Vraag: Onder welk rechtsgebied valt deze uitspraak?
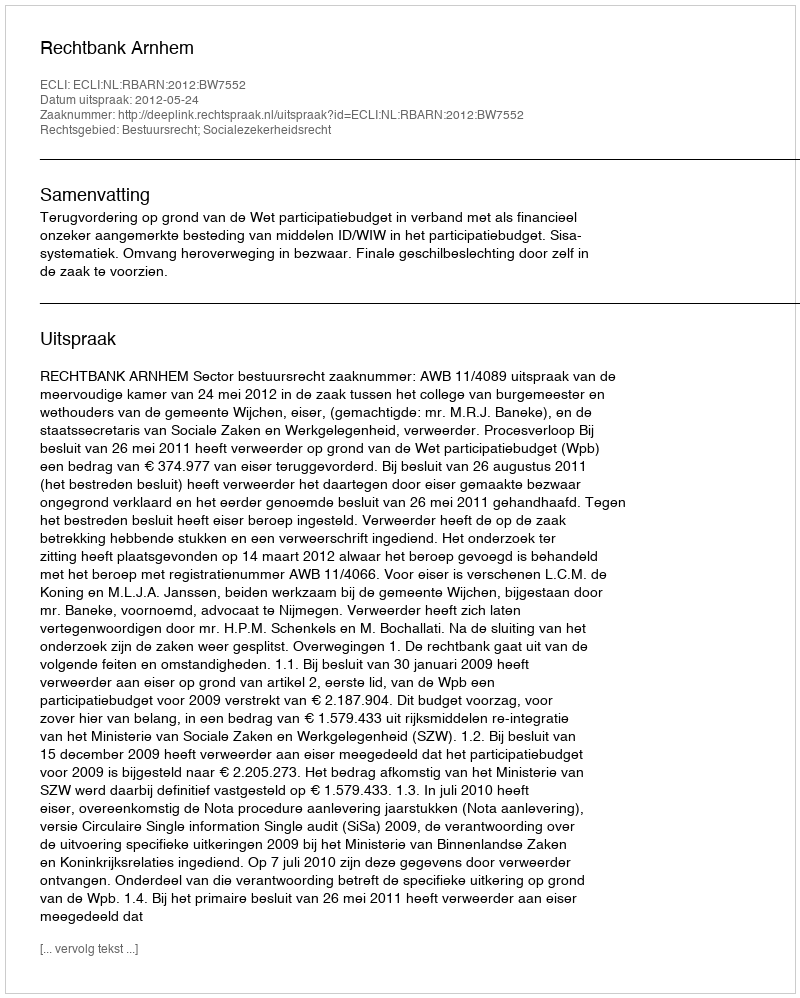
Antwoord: Bestuursrecht; Socialezekerheidsrecht